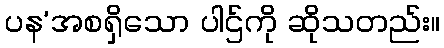
ပန’အစရှိသော ပါဌ်ကို ဆိုသတည်း။